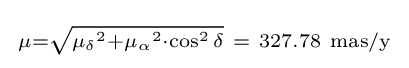
{\begin{smallmatrix}\mu ={\sqrt {{\mu _{\delta }}^{2}+{\mu _{\alpha }}^{2}\cdot \cos ^{2}\delta }}\ =\ 327.78\ {\text{mas/y}}\end{smallmatrix}}